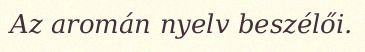
Az aromán nyelv beszélői.